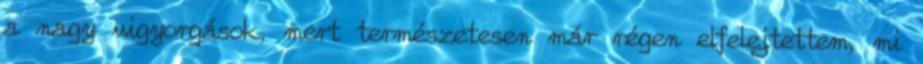
a nagy vigyorgások, mert természetesen már régen elfelejtettem, mi